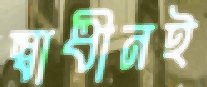
স্বাধীনই